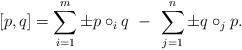
LaTeX: \begin{align*} [p,q] = \sum_{i=1}^m \pm p\circ_i q \,\, -\,\, \sum_{j=1}^n \pm q\circ_j p. \end{align*}